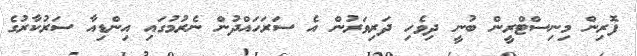
ފޮރިން މިނިސްޓްރީން ބުނީ ދިވެހި ދަރިވަރުން އެ ސަރަހައްދުން ނެރުމުގައި އިންޑިއާ ސަރުކާރުގެ